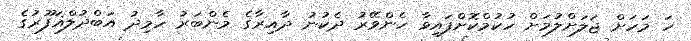
ހަ މަހަށް ޖަލަށްލުމަށް ހުކުމްކޮށްފައިވާ ހެންވޭރު ދެކުނު ދާއިރާގެ މެންބަރު ހާމިދު އަބްދުލްޣަފޫރުގެ